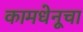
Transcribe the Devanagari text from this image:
कामधेनूचा